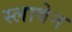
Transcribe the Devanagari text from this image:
स्लावेन